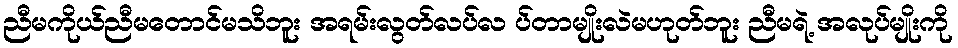
ညီမကိုယ်ညီမတောင်မသိဘူး အရမ်းလွတ်လပ်လ ပ်တာမျိုးလဲမဟုတ်ဘူး ညီမရဲ့ အလုပ်မျိုးကို